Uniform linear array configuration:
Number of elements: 48
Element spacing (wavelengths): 1
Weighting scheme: kaiser
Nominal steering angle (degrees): -30
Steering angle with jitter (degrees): -30.612
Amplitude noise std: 0.05
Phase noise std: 0.05

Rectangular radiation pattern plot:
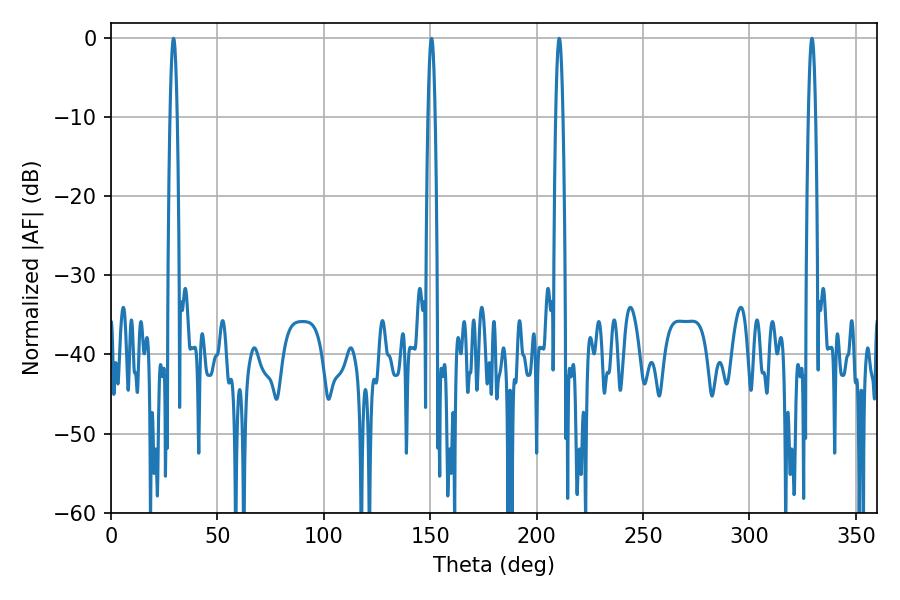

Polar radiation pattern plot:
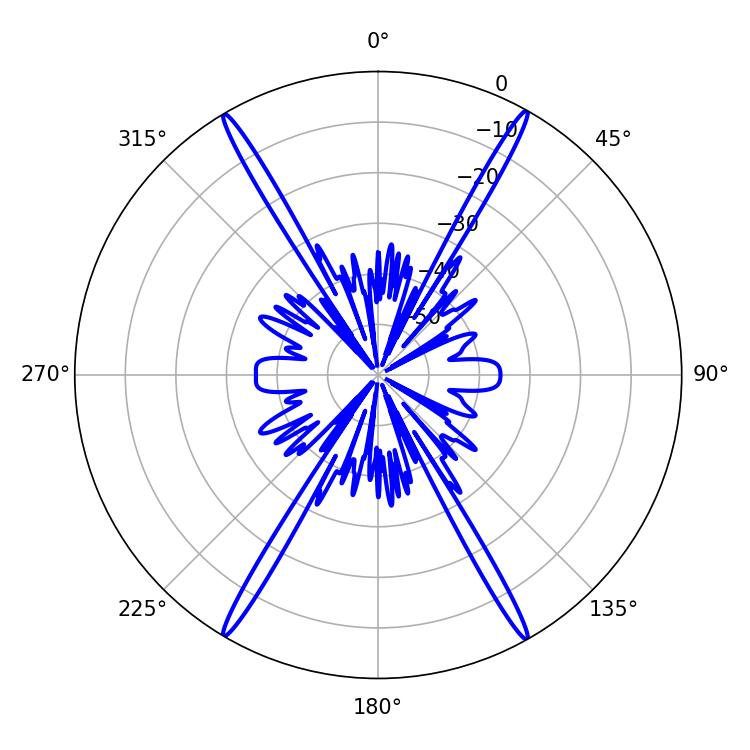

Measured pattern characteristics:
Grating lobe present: TRUE
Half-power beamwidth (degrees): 1.8
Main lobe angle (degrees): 210.6